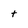
Character: t